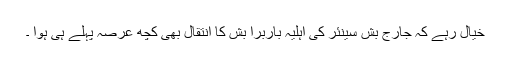
خیال رہے کہ جارج بش سینئر کی اہلیہ باربرا بش کا انتقال بھی کچھ عرصہ پہلے ہی ہوا ۔